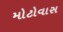
મોટોવાસ